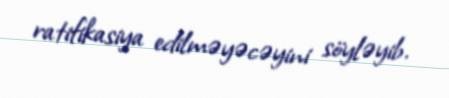
ratifikasiya edilməyəcəyini söyləyib.